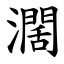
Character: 濶